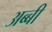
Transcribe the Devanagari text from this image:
अब्बी